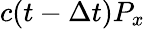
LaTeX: c(t-\Delta t)P_{x}